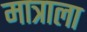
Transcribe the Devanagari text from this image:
मात्राला